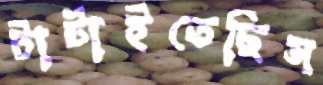
টাটাইতেছিস